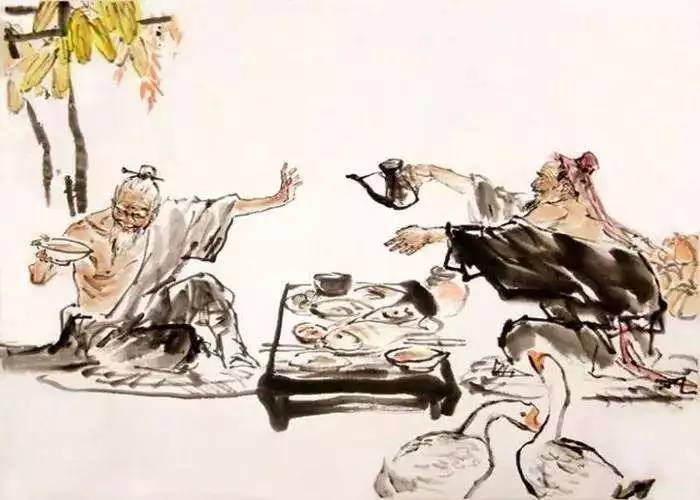
世人结交须黄金，黄金不多交不深。